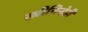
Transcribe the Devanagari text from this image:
स्त्रीचिन्हेही